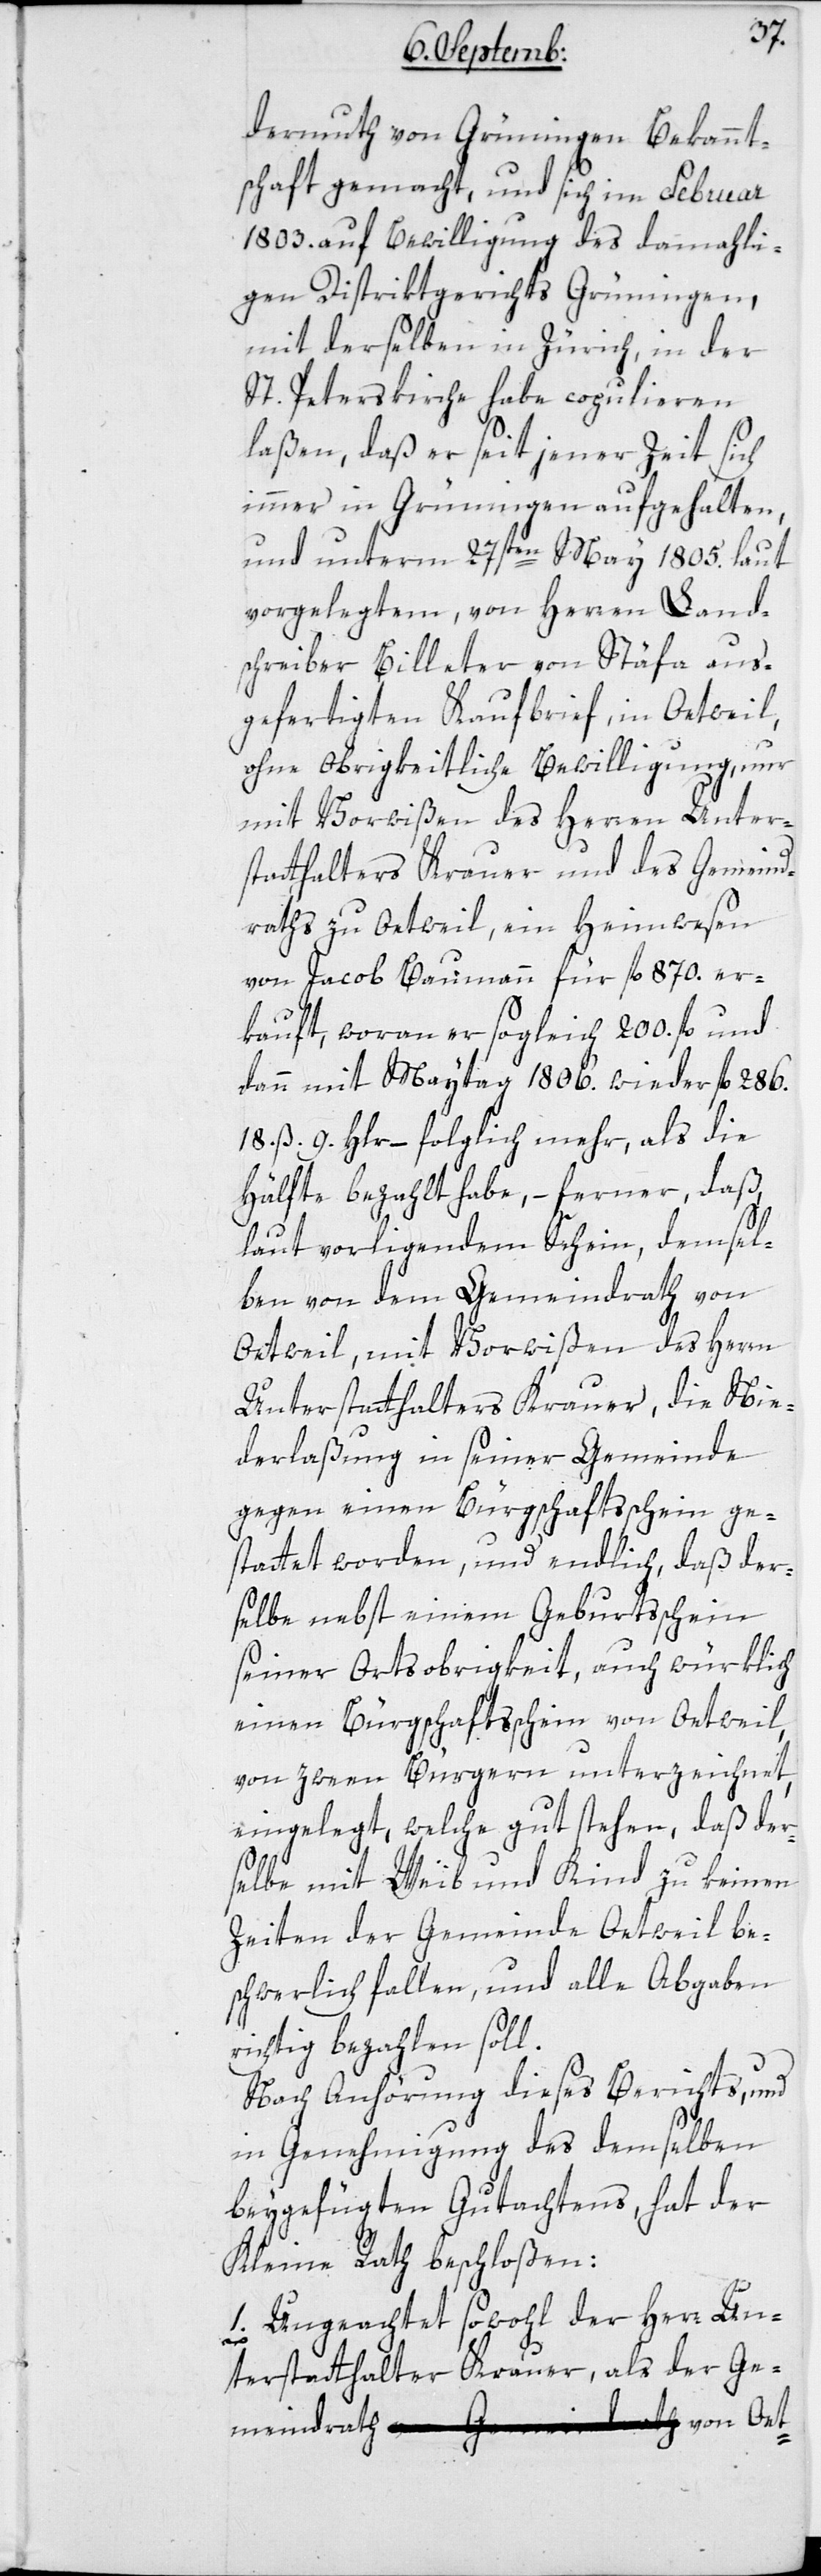
dermuth von Grüningen Bekannt¬
schaft gemacht, und sich im Februar
1803. auf Bewilligung des damahli¬
gen Distriktsgerichts Grüningen,
mit derselben in Zürich in der
St. Peterskirche habe kopulieren
laßen, daß er seit jener Zeit sich
immer in Grüningen aufgehalten,
und unterm 27sten May 1805. laut
vorgelegtem, von Herren Land¬
schreiber Billeter von Stäfa aus¬
gefertigten Kaufbrief, in Oetweil,
ohne Obrigkeitliche Bewilligung, nur
mit Vorwißen des Herren Unter¬
statthalters Krauer und des Gemeind¬
raths zu Oetweil, ein Heimwesen
von Jacob Baumann für fl. 870. er¬
kauft, woran er sogleich 200. fl. und
dann mit Maytag 1806. wieder fl. 286.
18. ß 9. Hlr. – folglich mehr, als die
Hälfte bezahlt habe, – ferner daß
ndrath
laut vorliegendem Schein, demsel¬
ben von dem Gemeindrath von
Oetweil, mit Vorwißen des Herren
Unterstatthalters Krauer, die Nie¬
derlaßung in seiner Gemeinde
gegen einen Bürgschaftsschein ge¬
stattet worden, und endlich daß der¬
selbe nebst einem Geburtsschein
seiner Ortsobrigkeit, auch würklich
einen Bürgschaftsschein von Oetweil,
von zween Bürgeren unterzeichnet,
eingelegt, welche gut stehen, daß der¬
selbe mit Weib und Kind zu keinen
Zeiten der Gemeinde Oetweil be¬
schwerlich fallen und alle Abgaben
richtig bezahlen soll.
Nach Anhörung dieses Berichts und
in Genehmigung des demselben
beygefügten Gutachtens, hat der
Kleine Rath beschloßen:
1. Ungeachtet sowohl der Herr Un¬
terstatthalter Krauer als der Gemei¬